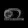
Digit: ၈